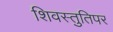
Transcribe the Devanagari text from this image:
शिवस्तुतिपर